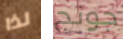
لذا جونج